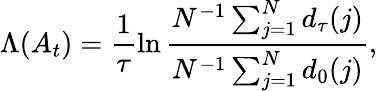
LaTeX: \Lambda(A_{t})=\frac{1}{\tau}\ln\frac{N^{-1}\sum_{j=1}^{N}d_{\tau}(j)}{N^{-1}\sum_{j=1}^{N}d_{0}(j)},